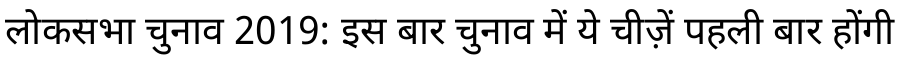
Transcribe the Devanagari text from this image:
लोकसभा चुनाव 2019: इस बार चुनाव में ये चीज़ें पहली बार होंगी